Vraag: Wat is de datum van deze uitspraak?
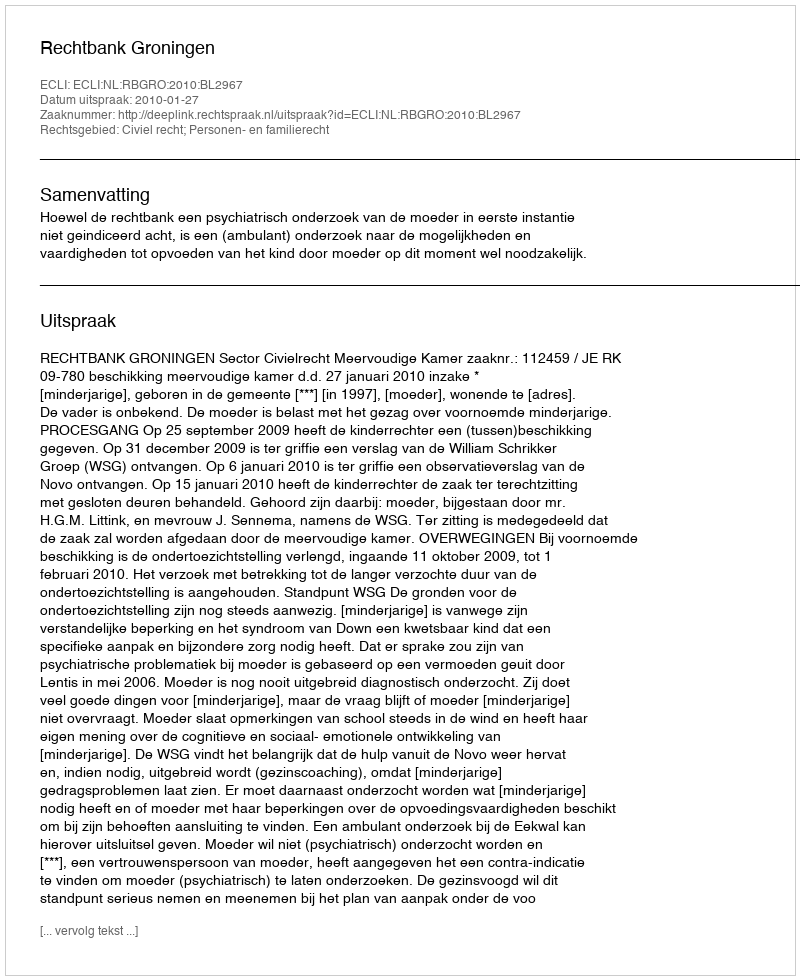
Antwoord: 2010-01-27